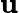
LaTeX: \textbf{u}